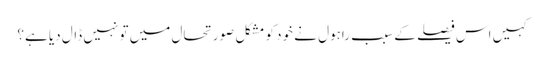
کہیں اس فیصلے کے سبب راہول نے خود کو مشکل صورتحال میں تو نہیں ڈال دیا ہے؟